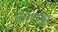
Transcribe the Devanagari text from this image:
ताराभ्र